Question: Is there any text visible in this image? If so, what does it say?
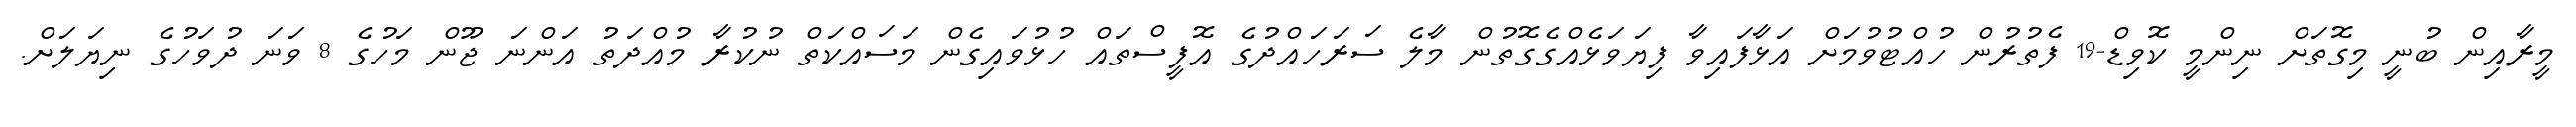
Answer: މީރާއިން ބުނީ މިގޮތަށް ނިންމީ ކޮވިޑް-19 ފެތުރުން ހުއްޓުވުމަށް އަޅާފައިވާ ފިޔަވަޅެއްގެގޮތުން މާލެ ސަރަހައްދުގެ އޮފީސްތައް ހުޅުވައިގެން މަސައްކަތް ނުކުރާ މުއްދަތު އަންނަ ޖޫން މަހުގެ 8 ވަނަ ދުވަހުގެ ނިޔަލަށް.